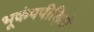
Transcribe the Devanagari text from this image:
भूकंपपीड़ितों